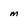
Character: m